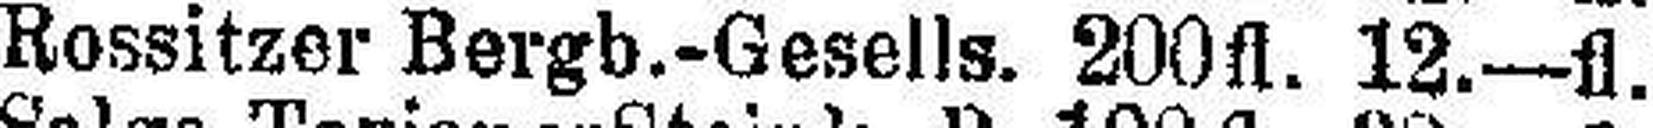
Rossitzer Bergb.-Gesells. 200fl. 12.—fl.